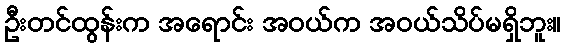
ဦးတင်ထွန်းက အရောင်း အဝယ်က အဝယ်သိပ်မရှိဘူး။